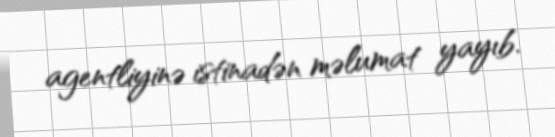
agentliyinə istinadən məlumat yayıb.